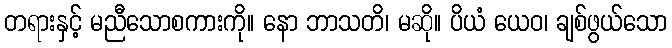
တရားနှင့် မညီသောစကားကို။ နော ဘာသတိ၊ မဆို။ ပိယံ ယေဝ၊ ချစ်ဖွယ်သော